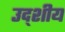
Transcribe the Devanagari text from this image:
उद्शीय